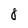
Character: 8